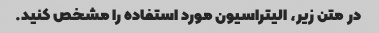
در متن زیر، الیتراسیون مورد استفاده را مشخص کنید.